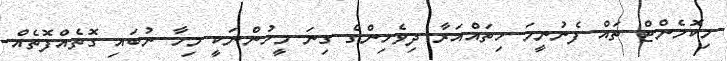
މިކޮމެންޓް ތައް ފެނުނީމަ ހިތައްއަރާ ދިވެހިންގެ ގިނަ މީހުންނަކީ މިހާ ނުބައި ގޮތެއްްފޮތެއް